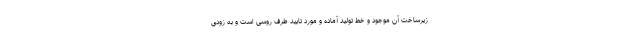
زیرساخت آن موجود و خط تولید آماده و مورد تایید طرف روسی است و به زودی